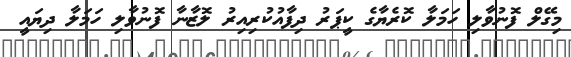
މިގޭލް ފޮނުވާލި ހަމަލާ ކޮރެޔާގެ ކީޕަރު ދިފާއުކުރިއިރު ލޮޒާނާ ފޮނުވާލި ހަމަލާ ދިޔައީ